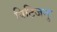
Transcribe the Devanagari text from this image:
पिटिजनु